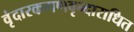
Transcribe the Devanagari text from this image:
वृंदारकगणवृन्दाराधित